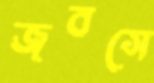
জবসে